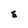
Character: S